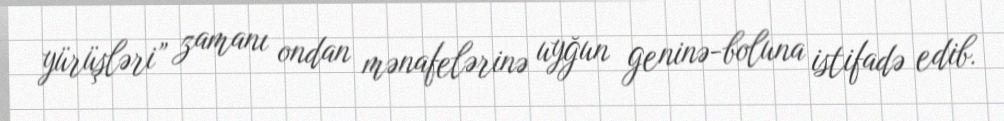
yürüşləri” zamanı ondan mənafelərinə uyğun geninə-boluna istifadə edib.